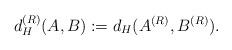
LaTeX: \begin{align*}d_H^{(R)}(A,B) := d_H(A^{(R)}, B^{(R)}).\end{align*}